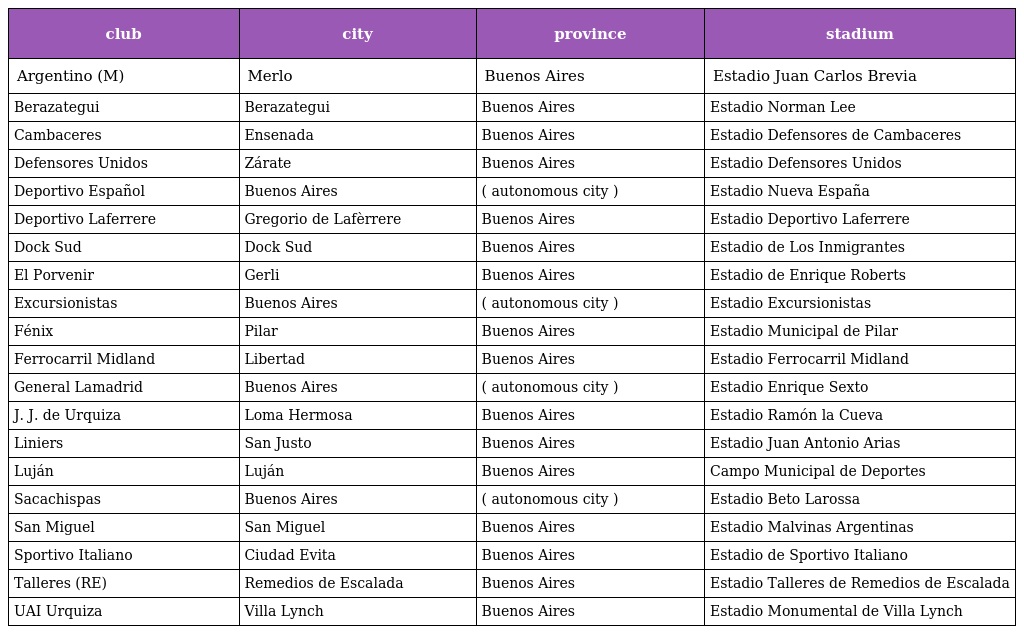
| club | city | province | stadium |
 | --- | --- | --- | --- |
 | Argentino (M) | Merlo | Buenos Aires | Estadio Juan Carlos Brevia |
 | Berazategui | Berazategui | Buenos Aires | Estadio Norman Lee |
 | Cambaceres | Ensenada | Buenos Aires | Estadio Defensores de Cambaceres |
 | Defensores Unidos | Zárate | Buenos Aires | Estadio Defensores Unidos |
 | Deportivo Español | Buenos Aires | ( autonomous city ) | Estadio Nueva España |
 | Deportivo Laferrere | Gregorio de Lafèrrere | Buenos Aires | Estadio Deportivo Laferrere |
 | Dock Sud | Dock Sud | Buenos Aires | Estadio de Los Inmigrantes |
 | El Porvenir | Gerli | Buenos Aires | Estadio de Enrique Roberts |
 | Excursionistas | Buenos Aires | ( autonomous city ) | Estadio Excursionistas |
 | Fénix | Pilar | Buenos Aires | Estadio Municipal de Pilar |
 | Ferrocarril Midland | Libertad | Buenos Aires | Estadio Ferrocarril Midland |
 | General Lamadrid | Buenos Aires | ( autonomous city ) | Estadio Enrique Sexto |
 | J. J. de Urquiza | Loma Hermosa | Buenos Aires | Estadio Ramón la Cueva |
 | Liniers | San Justo | Buenos Aires | Estadio Juan Antonio Arias |
 | Luján | Luján | Buenos Aires | Campo Municipal de Deportes |
 | Sacachispas | Buenos Aires | ( autonomous city ) | Estadio Beto Larossa |
 | San Miguel | San Miguel | Buenos Aires | Estadio Malvinas Argentinas |
 | Sportivo Italiano | Ciudad Evita | Buenos Aires | Estadio de Sportivo Italiano |
 | Talleres (RE) | Remedios de Escalada | Buenos Aires | Estadio Talleres de Remedios de Escalada |
 | UAI Urquiza | Villa Lynch | Buenos Aires | Estadio Monumental de Villa Lynch |